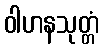
ဝါဟနသုတ္တံ